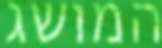
המושג